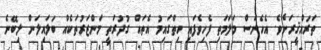
ތަރައްޤީރަށެވެ. އެހެނަސް މަލަމަތި ފެހިވެފައި ހިތްގައިމު އެތައް ގުދުރަތީ މަންޒަރުތަކެއް ބަލައިލަން ލިބޭނެ